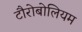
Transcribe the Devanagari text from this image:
टौरोबोलियम